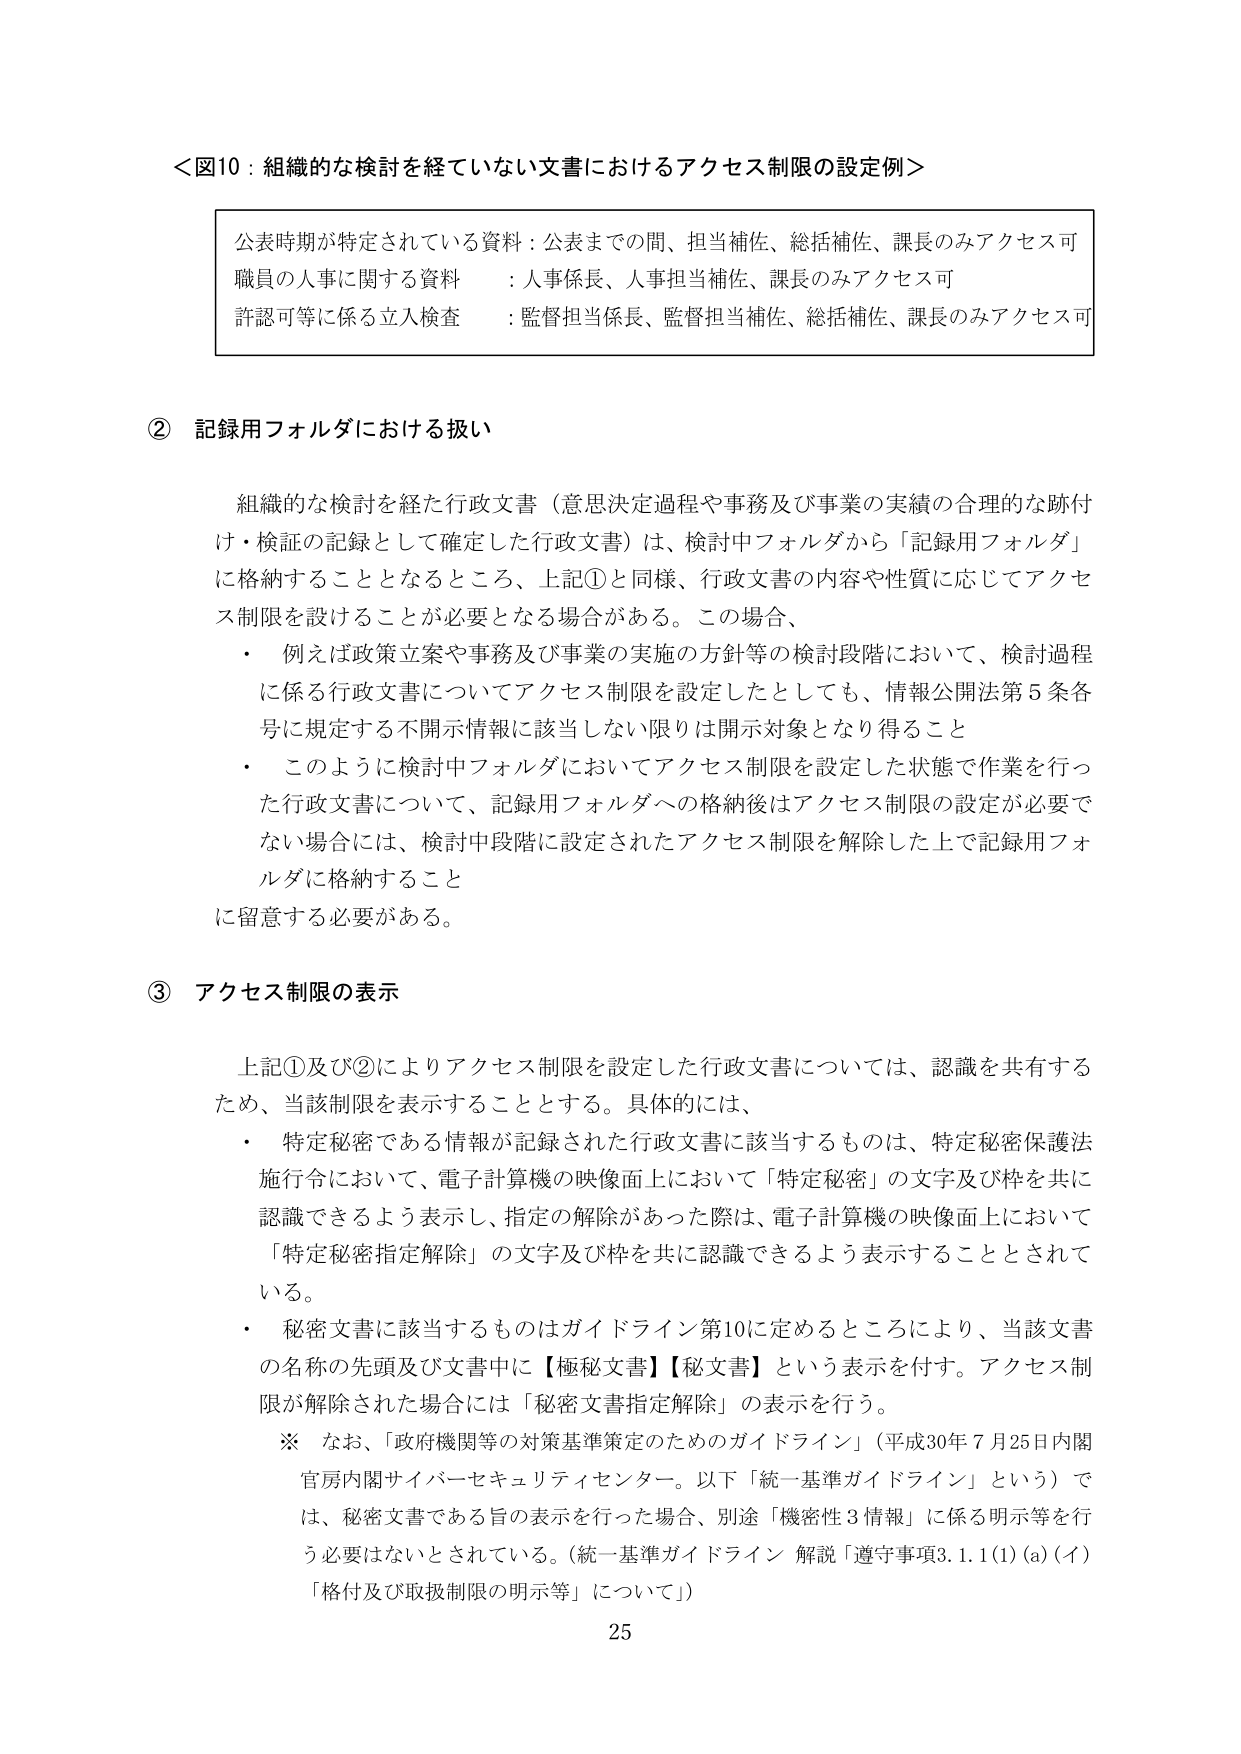
＜図10：組織的な検討を経ていない文書におけるアクセス制限の設定例＞

公表時期が特定されている資料：公表までの間、担当補佐、総括補佐、課長のみアクセス可
職員の人事に関する資料 ：人事係長、人事担当補佐、課長のみアクセス可
許認可等に係る立入検査 ：監督担当係長、監督担当補佐、総括補佐、課長のみアクセス可

② 記録用フォルダにおける扱い

組織的な検討を経た行政文書（意思決定過程や事務及び事業の実態の合理的な跡付け・検証の記録として確定した行政文書）は、検討中フォルダから「記録用フォルダ」に格納することとなるところ、上記①と同様、行政文書の内容や性質に応じてアクセス制限を設けることが必要となる場合がある。この場合、
・ 例えば政策立案や事務及び事業の実施の方針等の検討段階において、検討過程に係る行政文書についてアクセス制限を設定したとしても、情報公開法第5条各号に規定する不開示情報に該当しない限りは開示対象となり得ること
・ このように検討中フォルダにおいてアクセス制限を設定した状態で作業を行った行政文書について、記録用フォルダへの格納後はアクセス制限の設定が必要でない場合には、検討中段階に設定されたアクセス制限を解除した上で記録用フォルダに格納すること
に留意する必要がある。

③ アクセス制限の表示

上記①及び②によりアクセス制限を設定した行政文書については、認識を共有するため、当該制限を表示することとする。具体的には、
・ 特定秘密である情報が記録された行政文書に該当するものは、特定秘密保護法施行令において、電子計算機の映像面上において「特定秘密」の文字及び枠を共に認識できるよう表示し、指定の解除があった際は、電子計算機の映像面上において「特定秘密指定解除」の文字及び枠を共に認識できるよう表示することとされている。
・ 秘密文書に該当するものはガイドライン第10に定めるところにより、当該文書の名称の先頭及び文書中に【極秘文書】【秘文書】という表示を付す。アクセス制限が解除された場合には「秘密文書指定解除」の表示を行う。
※ なお、「政府機関等の対策基準策定のためのガイドライン」（平成30年7月25日内閣官房内閣サイバーセキュリティセンター。以下「統一基準ガイドライン」という）では、秘密文書である旨の表示を行った場合、別途「機密性3情報」に係る明示等を行う必要はないとされている。（統一基準ガイドライン 解説「遵守事項3.1.1(1)(a)(イ)「格付及び取扱制限の明示等」について」）

25